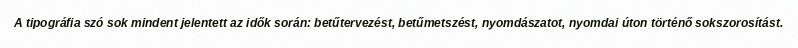
A tipográfia szó sok mindent jelentett az idők során: betűtervezést, betűmetszést, nyomdászatot, nyomdai úton történő sokszorosítást.